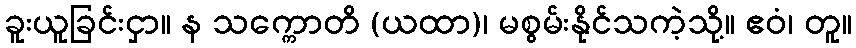
ခူးယူခြင်းငှာ။ န သက္ကောတိ (ယထာ)၊ မစွမ်းနိုင်သကဲ့သို့။ ဧဝံ၊ တူ။